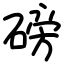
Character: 磅